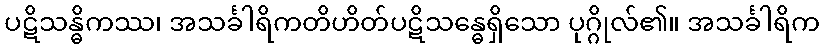
ပဋိသန္ဓိကဿ၊ အသင်္ခါရိကတိဟိတ်ပဋိသန္ဓေရှိသော ပုဂ္ဂိုလ်၏။ အသင်္ခါရိက